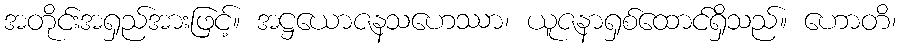
အတိုင်းအရှည်အားဖြင့်။ အဋ္ဌယောဇနသဟေဿာ၊ ယူဇနာရှစ်ထောင်ရှိသည်။ ဟောတိ၊